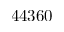
4 4 3 6 0